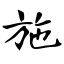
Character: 施